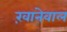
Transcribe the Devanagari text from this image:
ख़ानेवाल